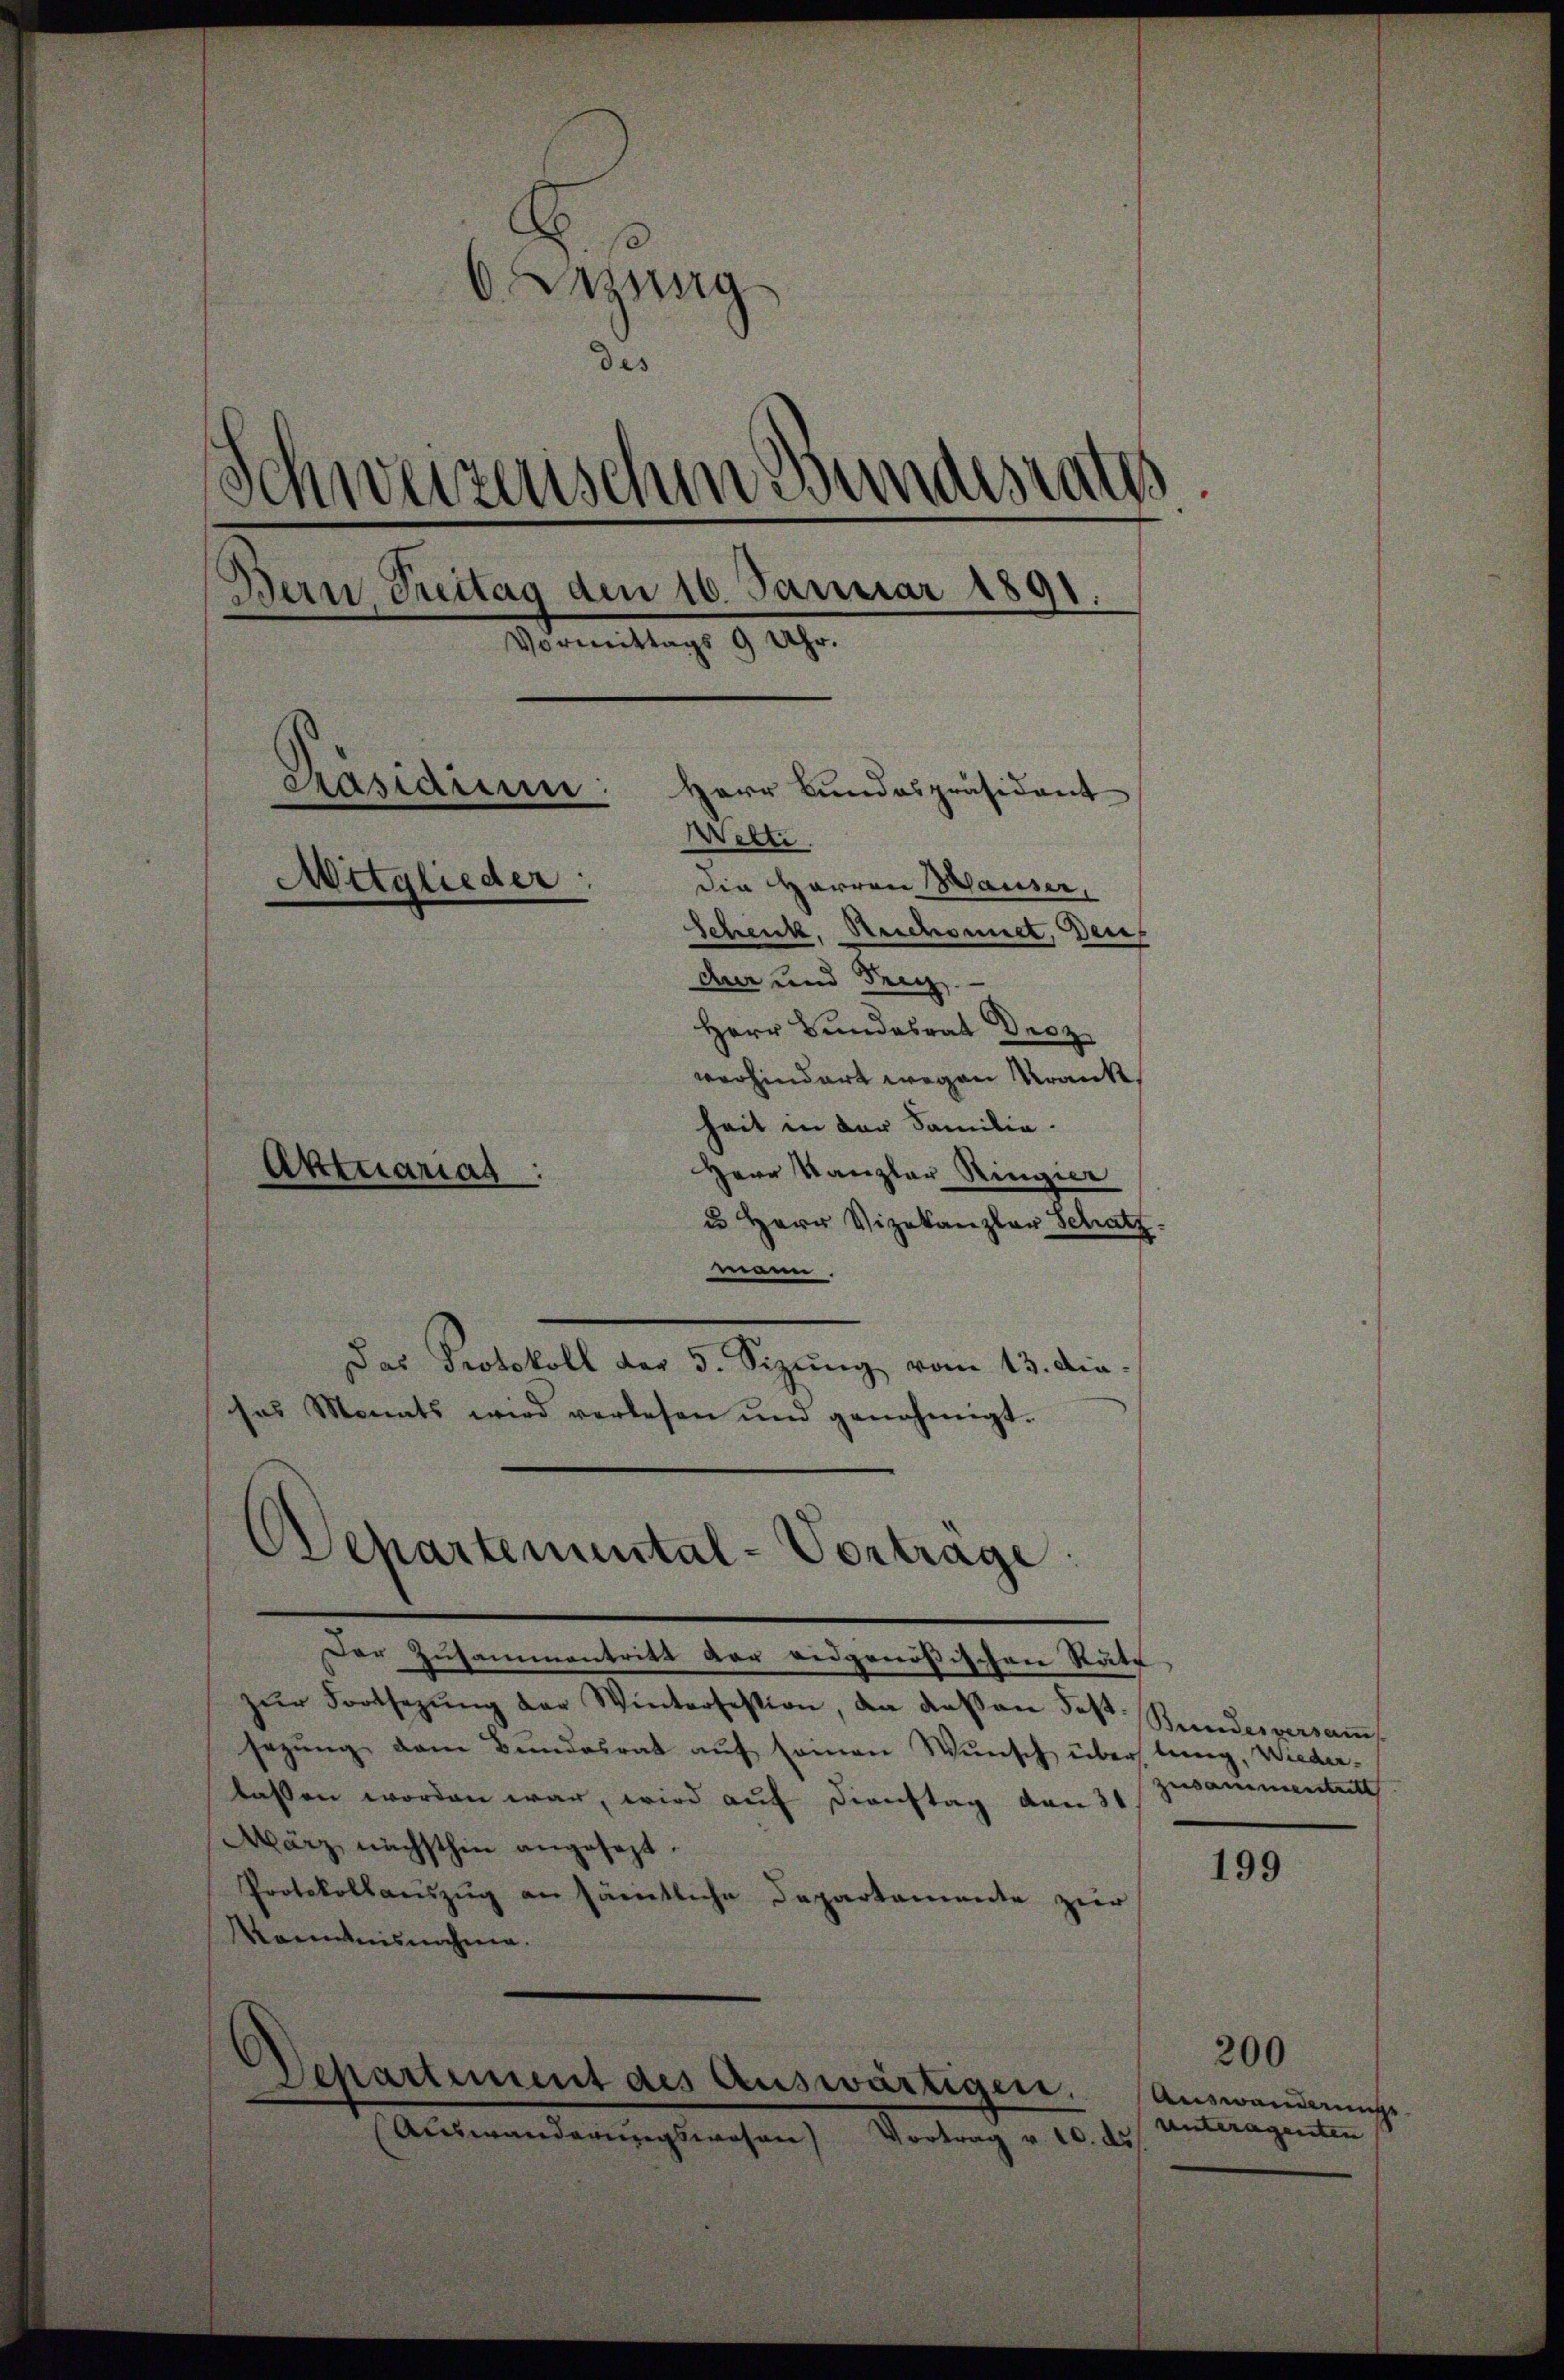
Lezung
des
Schweizerischen Bundesraths
Bern, Freitag den 16. Januar 1891
Vormittags 9 Uhr.
Prascaruun: Herr Bundespräsident
Wette.
Mitglieder
Die Herren Hauser,
Schenk, Reichsmiet, Deu
den und den
Herr Bundesrat Decz
vorhindert wegen Krank
heit in der Familie.
Herr Kanzler Ringier
Aktuarias:
u Herr Vizekanzlar Schatz

mann.
Das Protokoll der 5. Sizŭng vom 13. die-
sas Monats wird verlesen und genehmigt.

Departemental-Vortrage
Der Zusammentritt der eidgenößischen Räte

Departement des Auswärtigen.

zŭr Fortsezŭng der Winterfestion, da das an Joh. Bundesversaṁ
sezung dem Bundesrat auf seinen Wunsch über lang, Wieder-
lassen worden war, wird auf Dienstag den 31
März, nächsthin angesezt.
Protokollauszug an sämtliche Departamente zur
Kenntnisnahme.

Auswanderungswesen Vortrag v. 10

zusammenheit

199

200

Auswanderungs
Unteragenten |